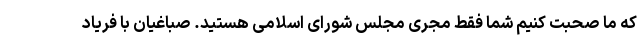
که ما صحبت کنیم شما فقط مجری مجلس شورای اسلامی هستید. صباغیان با فریاد